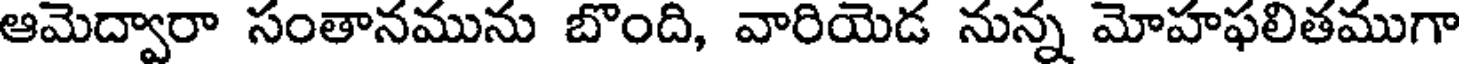
ఆమెద్వారా సంతానమును బొంది, వారియెడ నున్న మోహఫలితముగా